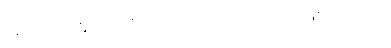
အကျင့်တွေကို စောင့်ကြည့်လေ့လာတာ ဖြစ်ပါတယ်။